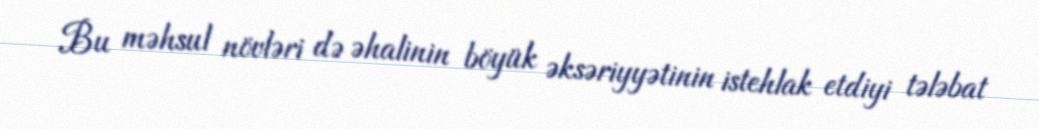
Bu məhsul növləri də əhalinin böyük əksəriyyətinin istehlak etdiyi tələbat